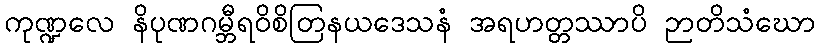
ကုဏ္ဍလေ နိပုဏဂမ္ဘီရဝိစိတြနယဒေသနံ အရဟတ္တဿာပိ ဉာတိသံဃော